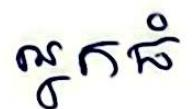
អ្នកធំ